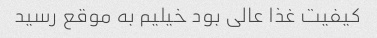
کیفیت غذا عالی بود خیلیم به موقع رسید